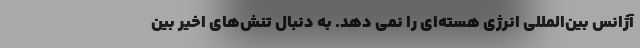
آژانس بین‌المللی انرژی هسته‌ای را نمی دهد. به دنبال تنش‌های اخیر بین